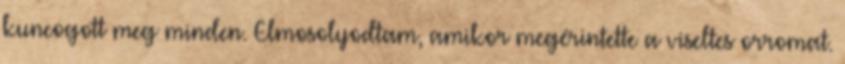
kuncogott meg minden. Elmosolyodtam, amikor megérintette a viseltes orromat.